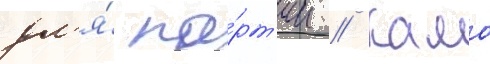
дл'я́ па́рт'ии // Камо